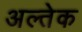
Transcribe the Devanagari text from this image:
अल्तेक